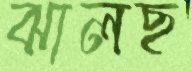
ঝালছ